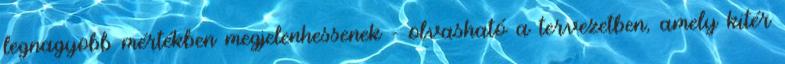
legnagyobb mértékben megjelenhessenek - olvasható a tervezetben, amely kitér